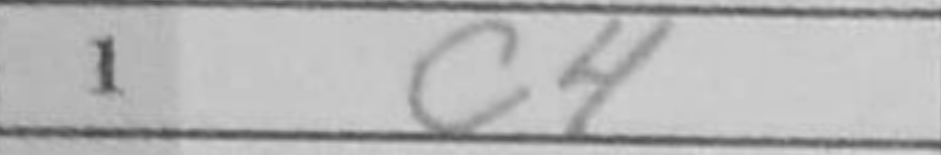
Transcription: c4